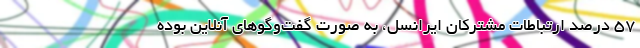
57 درصد ارتباطات مشترکان ایرانسل، به صورت گفت‌و‌گوهای آنلاین بوده